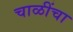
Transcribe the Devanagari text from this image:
चाळींचा